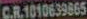
C.R.1010639865